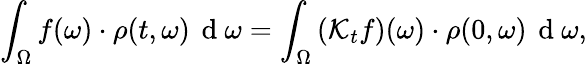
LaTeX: \int_{\Omega}f(\omega)\cdot\rho(t,\omega)\, \mathrm{~d~}\omega=\int_{\Omega}\left(\mathcal{K}_{t}f\right)(\omega)\cdot\rho(0,\omega)\, \mathrm{~d~}\omega,